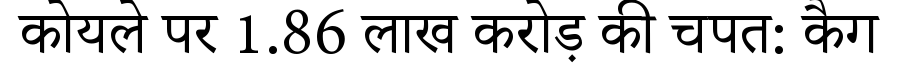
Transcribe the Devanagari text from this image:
कोयले पर 1.86 लाख करोड़ की चपत: कैग